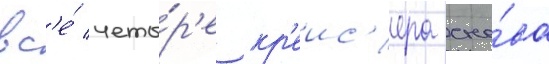
вс'е́ четы́р'е кр'еис'ера сно́ва